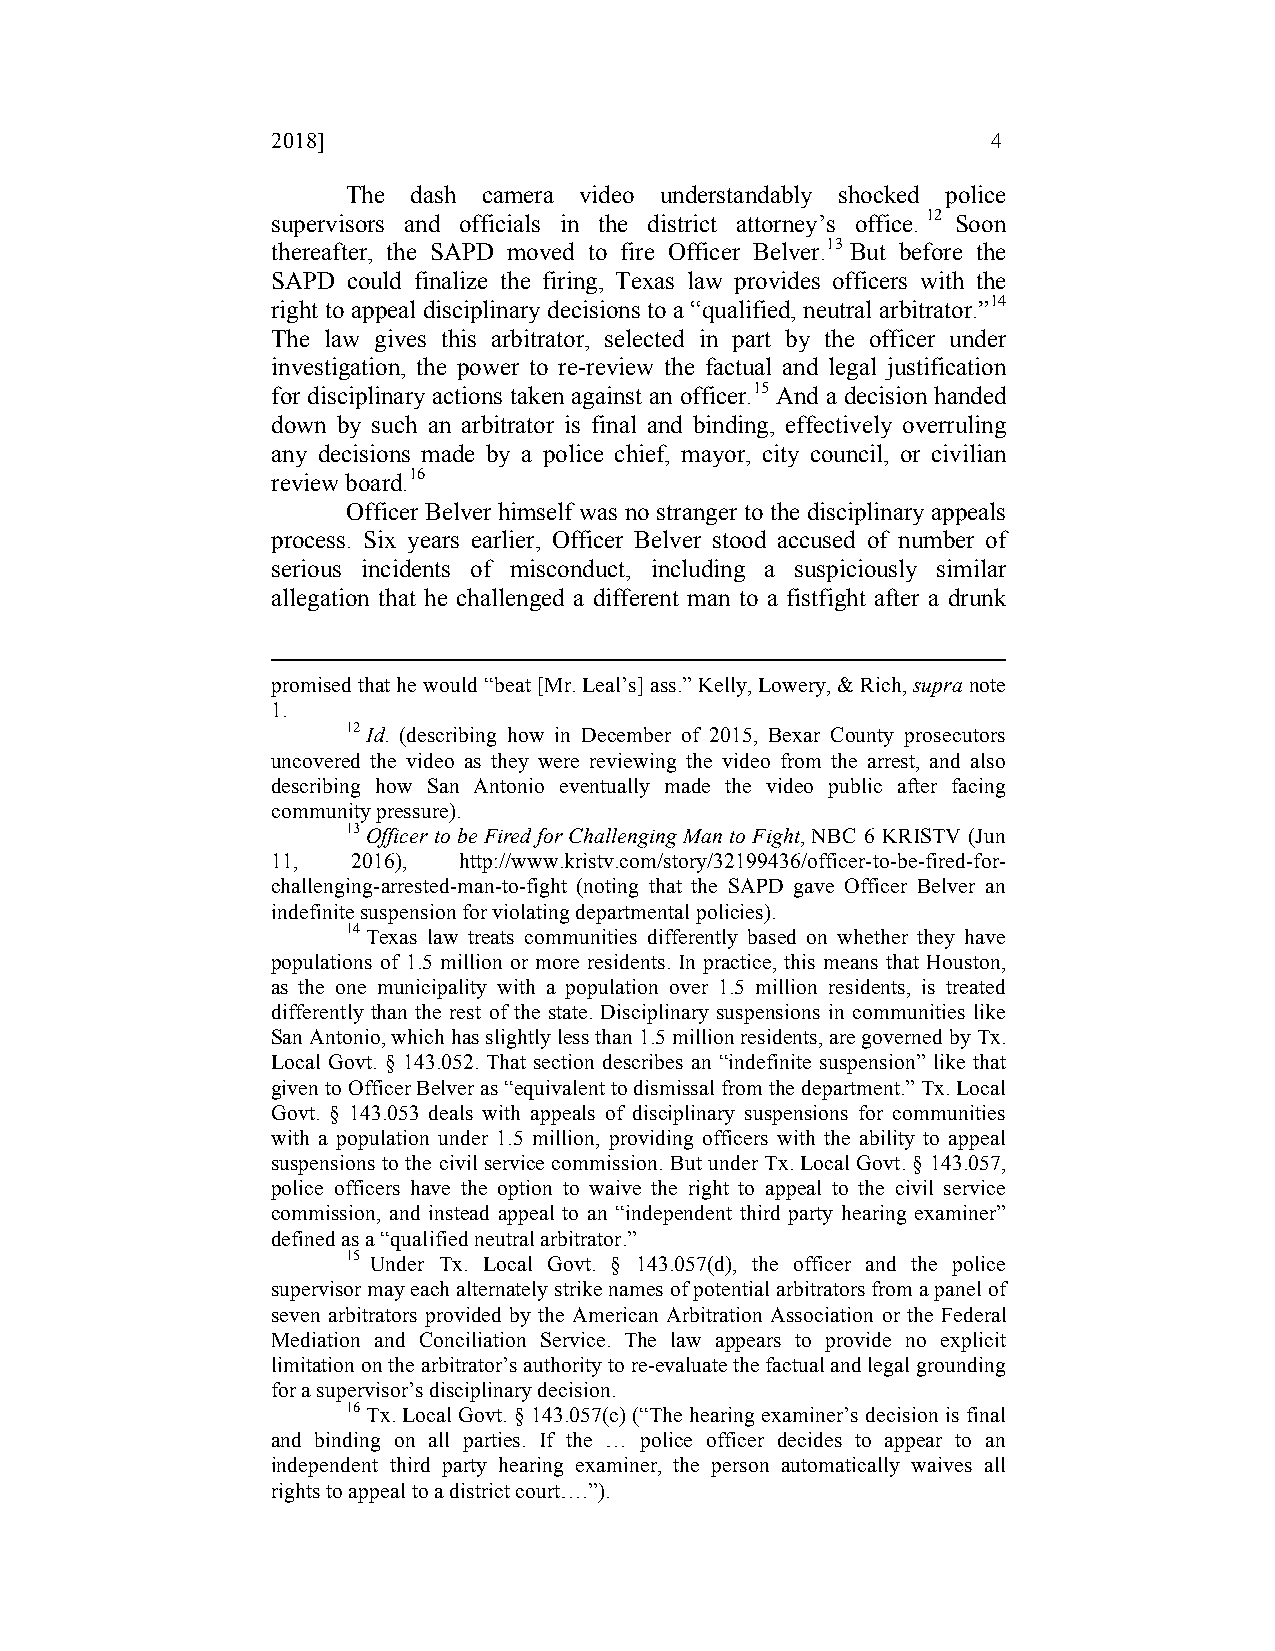
2018]                                           4
 The dash camera video understandably shocked police
 supervisors and officials in the district attorney’s office. 12 Soon
 thereafter, the SAPD moved to fire Officer Belver.13 But before the
 SAPD could finalize the firing, Texas law provides officers with the
 right to appeal disciplinary decisions to a “qualified, neutral arbitrator.”14
 The law gives this arbitrator, selected in part by the officer under
 investigation, the power to re-review the factual and legal justification
 for disciplinary actions taken against an officer.15 And a decision handed
 down by such an arbitrator is final and binding, effectively overruling
 any decisions made by a police chief, mayor, city council, or civilian
 review board.16
 Officer Belver himself was no stranger to the disciplinary appeals
 process. Six years earlier, Officer Belver stood accused of number of
 serious incidents of misconduct, including a suspiciously similar
 allegation that he challenged a different man to a fistfight after a drunk
 promised that he would “beat [Mr. Leal’s] ass.” Kelly, Lowery, & Rich, supra note
 1.
 12 Id. (describing how in December of 2015, Bexar County prosecutors
 uncovered the video as they were reviewing the video from the arrest, and also
 describing how San Antonio eventually made the video public after facing
 community pressure).
 13 Officer to be Fired for Challenging Man to Fight, NBC 6 KRISTV (Jun
 11,  2016), http://www.kristv.com/story/32199436/officer-to-be-fired-for-
 challenging-arrested-man-to-fight (noting that the SAPD gave Officer Belver an
 indefinite suspension for violating departmental policies).
 14 Texas law treats communities differently based on whether they have
 populations of 1.5 million or more residents. In practice, this means that Houston,
 as the one municipality with a population over 1.5 million residents, is treated
 differently than the rest of the state. Disciplinary suspensions in communities like
 San Antonio, which has slightly less than 1.5 million residents, are governed by Tx.
 Local Govt. § 143.052. That section describes an “indefinite suspension” like that
 given to Officer Belver as “equivalent to dismissal from the department.” Tx. Local
 Govt. § 143.053 deals with appeals of disciplinary suspensions for communities
 with a population under 1.5 million, providing officers with the ability to appeal
 suspensions to the civil service commission. But under Tx. Local Govt. § 143.057,
 police officers have the option to waive the right to appeal to the civil service
 commission, and instead appeal to an “independent third party hearing examiner”
 defined as a “qualified neutral arbitrator.”
 15 Under Tx. Local Govt. § 143.057(d), the officer and the police
 supervisor may each alternately strike names of potential arbitrators from a panel of
 seven arbitrators provided by the American Arbitration Association or the Federal
 Mediation and Conciliation Service. The law appears to provide no explicit
 limitation on the arbitrator’s authority to re-evaluate the factual and legal grounding
 for a supervisor’s disciplinary decision.
 16 Tx. Local Govt. § 143.057(c) (“The hearing examiner’s decision is final
 and binding on all parties. If the … police officer decides to appear to an
 independent third party hearing examiner, the person automatically waives all
 rights to appeal to a district court….”).